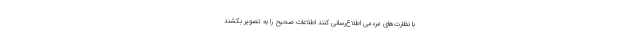
با نظارت‌های مردمی اطلاع‌رسانی کنند اطلاعات صحیح را به تصویر بکشند